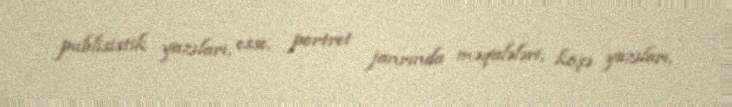
publisistik yazıları, esse, portret janrında məqalələri, köşə yazıları,